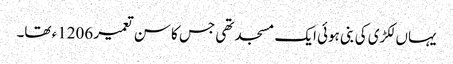
یہاں لکڑی کی بنی ہوئی ایک مسجد تھی جس کا سن تعمیر 1206ء تھا۔